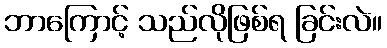
ဘာကြောင့် သည်လိုဖြစ်ရ ခြင်းလဲ။